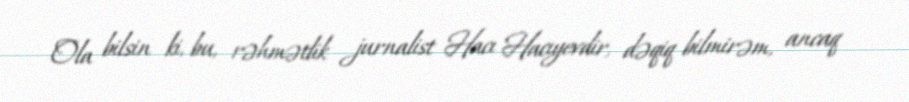
Ola bilsin ki, bu, rəhmətlik jurnalist Hacı Hacıyevdir, dəqiq bilmirəm, ancaq